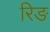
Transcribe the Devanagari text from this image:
रिङ